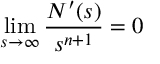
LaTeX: \operatorname * { l i m } _ { s \rightarrow \infty } \frac { N ^ { \prime } ( s ) } { s ^ { n + 1 } } = 0